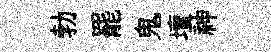
勃罷鬼壇神